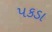
પકડા